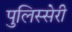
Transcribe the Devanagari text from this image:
पुलिस्सेरी